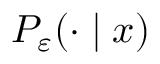
P _ { \varepsilon } ( \cdot \mid x )